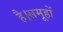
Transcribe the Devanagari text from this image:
है।समूहों